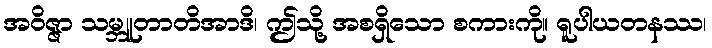
အဝိဇ္ဇာ သမ္ဘူတာတိအာဒိ၊ ဤသို့ အစရှိသော စကားကို။ ရူပါယတနဿ၊